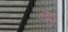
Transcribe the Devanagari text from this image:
संवत्ति